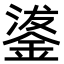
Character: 𮢗